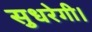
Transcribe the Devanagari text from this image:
सुधरेगी।